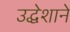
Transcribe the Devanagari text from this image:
उद्धेशाने